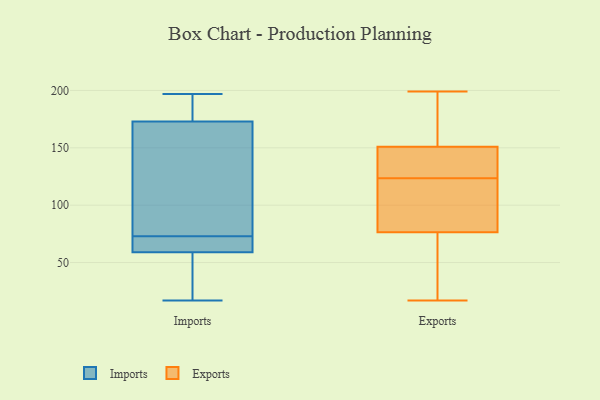
{"axis": {"x": "Website Visitors", "y": "Value"}, "legend": ["Exports", "Imports"], "data": [{"x": "", "y": 91, "type": "Imports"}, {"x": "", "y": 184, "type": "Imports"}, {"x": "", "y": 17, "type": "Imports"}, {"x": "", "y": 31, "type": "Imports"}, {"x": "", "y": 43, "type": "Imports"}, {"x": "", "y": 73, "type": "Imports"}, {"x": "", "y": 173, "type": "Imports"}, {"x": "", "y": 179, "type": "Imports"}, {"x": "", "y": 170, "type": "Imports"}, {"x": "", "y": 73, "type": "Imports"}, {"x": "", "y": 67, "type": "Imports"}, {"x": "", "y": 59, "type": "Imports"}, {"x": "", "y": 197, "type": "Imports"}, {"x": "", "y": 64, "type": "Imports"}, {"x": "", "y": 86, "type": "Exports"}, {"x": "", "y": 17, "type": "Exports"}, {"x": "", "y": 61, "type": "Exports"}, {"x": "", "y": 193, "type": "Exports"}, {"x": "", "y": 37, "type": "Exports"}, {"x": "", "y": 91, "type": "Exports"}, {"x": "", "y": 60, "type": "Exports"}, {"x": "", "y": 131, "type": "Exports"}, {"x": "", "y": 148, "type": "Exports"}, {"x": "", "y": 80, "type": "Exports"}, {"x": "", "y": 123, "type": "Exports"}, {"x": "", "y": 146, "type": "Exports"}, {"x": "", "y": 131, "type": "Exports"}, {"x": "", "y": 192, "type": "Exports"}, {"x": "", "y": 199, "type": "Exports"}, {"x": "", "y": 177, "type": "Exports"}, {"x": "", "y": 73, "type": "Exports"}, {"x": "", "y": 124, "type": "Exports"}, {"x": "", "y": 117, "type": "Exports"}, {"x": "", "y": 154, "type": "Exports"}]}